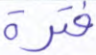
فترة